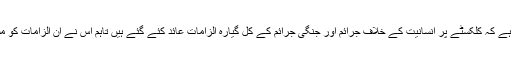
اوکامپو نے بتایا ہے کہ کلکسٹے پر انسانیت کے خلاف جرائم اور جنگی جرائم کے کل گیارہ الزامات عائد کئے گئے ہیں تاہم اس نے ان الزامات کو مسترد کر دیا ہے۔